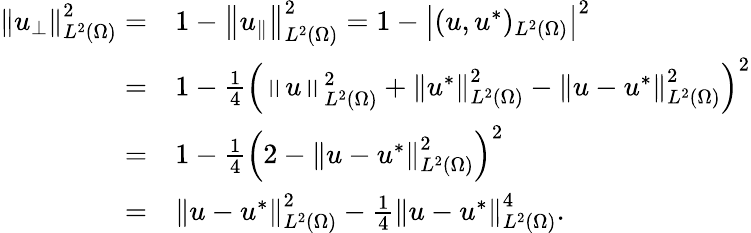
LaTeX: \begin{array}{rl}{\left\Vert u_{\perp}\right\Vert_{L^{2}(\Omega)}^{2}=}&{1-\left\Vert u_{\parallel}\right\Vert_{L^{2}(\Omega)}^{2}=1-\left|(u,u^{*})_{L^{2}(\Omega)}\right|^{2}}\\ {=}&{1-\frac{1}{4}\left(\left\Vert u\right\Vert_{L^{2}(\Omega)}^{2}+\left\Vert u^{*}\right\Vert_{L^{2}(\Omega)}^{2}-\left\Vert u-u^{*}\right\Vert_{L^{2}(\Omega)}^{2}\right)^{2}}\\ {=}&{1-\frac{1}{4}\left(2-\left\Vert u-u^{*}\right\Vert_{L^{2}(\Omega)}^{2}\right)^{2}}\\ {=}&{\left\Vert u-u^{*}\right\Vert_{L^{2}(\Omega)}^{2}-\frac{1}{4}\left\Vert u-u^{*}\right\Vert_{L^{2}(\Omega)}^{4}.}\end{array}